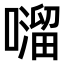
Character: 𫬂